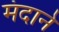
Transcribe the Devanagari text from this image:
मंदाने